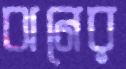
ঝনের